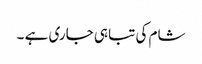
شام کی تباہی جاری ہے ۔